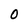
Character: O